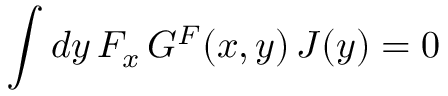
\int d y \, { \cal F } _ { x } \, G ^ { \cal F } ( x , y ) \, J ( y ) = 0